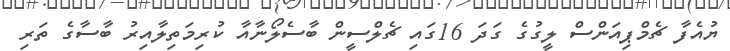
ޔުއެފާ ޗެމްޕިއަންސް ލީގުގެ ގަދަ 16ގައި ޗެލްސީން ބާސެލޯނާއާ ކުރިމަތިލާއިރު ބާސާގެ ތަރި